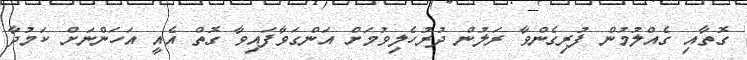
ގޮތާއި ގެއްލުމުން ފުރިގެންވާ ރަލުން ދުރުހެލިވުމަށް އަންގަވާފައިވާ ގޮތް އެއީ އަހަންނަށް ކަމުދާ